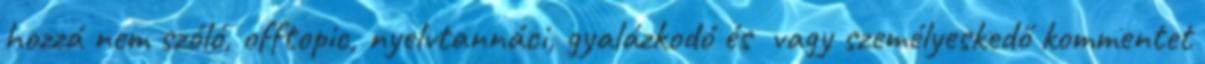
hozzá nem szóló, offtopic, nyelvtannáci, gyalázkodó és vagy személyeskedő kommentet